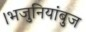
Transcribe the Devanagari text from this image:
।भजुनियांबुज